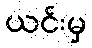
ယင်းမှ